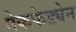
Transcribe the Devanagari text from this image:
मेकफेड्येन